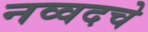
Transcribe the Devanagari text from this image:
नव्वदचे